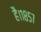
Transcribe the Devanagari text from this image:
है।१८५७